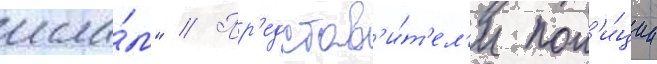
исла́м" // Пр'едстав'и́т'ел'и пол'и́ции